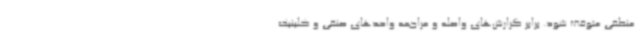
منطقی متوقف شود. برابر گزارش‌های واصله و مراجعه واحدهای صنفی و کلینیک